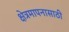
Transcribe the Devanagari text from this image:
क्षेत्रमापनासाठी